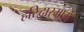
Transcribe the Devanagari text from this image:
हरिद्वारमार्गे